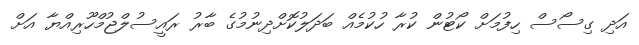
އަދި ގިސޯސް ހިފުމަށް ކޯޓުން ކުރާ ހުކުމެއް ބަދަލުކޮށްދިނުމުގެ ބާރު ރައީސުލްޖުމްހޫރިއްޔާ އަށް